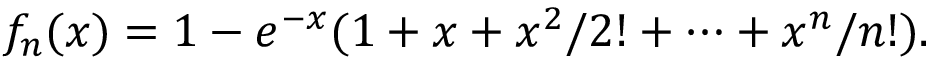
f _ { n } ( x ) = 1 - e ^ { - x } ( 1 + x + x ^ { 2 } / 2 ! + \dots + x ^ { n } / n ! ) .